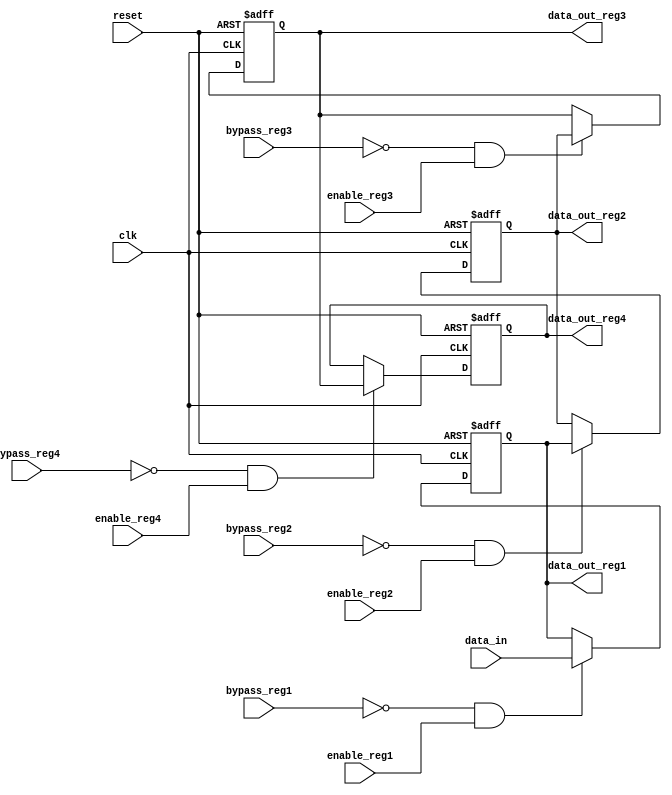
module BypassRegister(
    input clk,
    input reset,
    input enable_reg1,
    input enable_reg2,
    input enable_reg3,
    input enable_reg4,
    
    input bypass_reg1,
    input bypass_reg2,
    input bypass_reg3,
    input bypass_reg4,
    
    input [31:0] data_in,
    
    output reg [31:0] data_out_reg1,
    output reg [31:0] data_out_reg2,
    output reg [31:0] data_out_reg3,
    output reg [31:0] data_out_reg4
);

reg [31:0] reg1, reg2, reg3, reg4;

always @(posedge clk or posedge reset) begin
    if (reset) begin
        reg1 <= 0;
        reg2 <= 0;
        reg3 <= 0;
        reg4 <= 0;
    end else begin
        if (!bypass_reg1 && enable_reg1)
            reg1 <= data_in;
        if (!bypass_reg2 && enable_reg2)
            reg2 <= reg1;
        if (!bypass_reg3 && enable_reg3)
            reg3 <= reg2;
        if (!bypass_reg4 && enable_reg4)
            reg4 <= reg3;
    end
end

assign data_out_reg1 = reg1;
assign data_out_reg2 = reg2;
assign data_out_reg3 = reg3;
assign data_out_reg4 = reg4;

endmodule